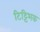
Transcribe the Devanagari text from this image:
टिट्टिभक